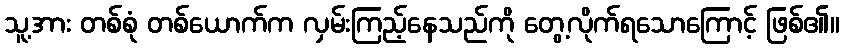
သူ့အား တစ်စုံ တစ်ယောက်က လှမ်းကြည့်နေသည်ကို တွေ့လိုက်ရသောကြောင့် ဖြစ်၏။